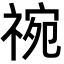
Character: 𬓅